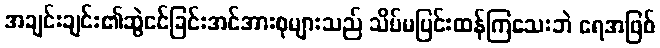
အချင်းချင်း၏ဆွဲငင်ခြင်းအင်အားစုများသည် သိပ်မပြင်းထန်ကြသေးဘဲ ရေအဖြစ်